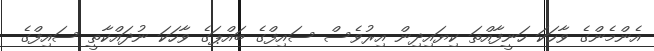
އެންމެންގެ ވާހަަކަ ހަނީފާއްތަ ކިޔައިދިން އިރުވެސް ސައިފްގެ ބައްޕަގެ ވާހަކަ ނުދައްކާތީ ސައިފްގެ